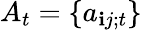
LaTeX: A_{t}=\{ a_{\mathbf{i}j;t}\}